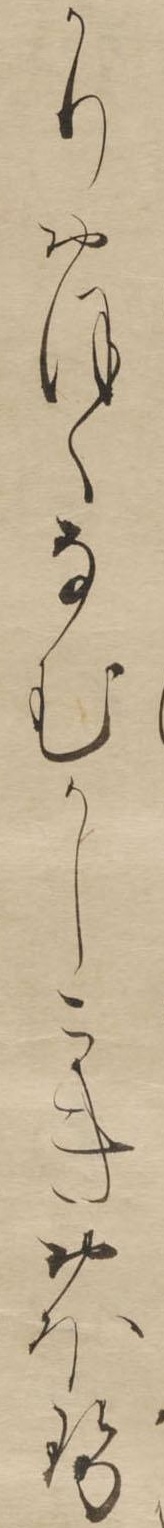
かりおほくなむかしこきおほせ